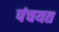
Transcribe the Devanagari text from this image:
पंचयत